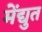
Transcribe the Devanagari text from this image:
मेंद्युत